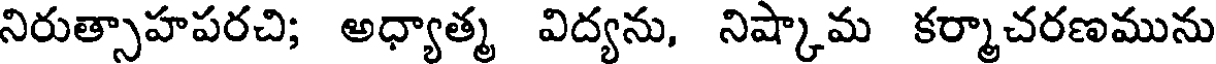
నిరుత్సాహపరచి; అధ్యాత్మ విద్యను, నిష్కామ కర్మాచరణమును